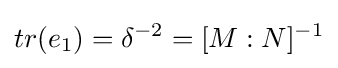
tr(e_{1})=\delta ^{-2}=[M:N]^{-1}